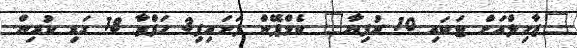
"ޒާހިލްއަށް ޓަކައި 10 ރުފިޔާ" ކެމްޕޭން ފަށައިފި3 ހަފްތާ 18 ގަޑި ކުރިން.